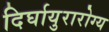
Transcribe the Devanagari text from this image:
दिर्घायुरारोग्य